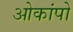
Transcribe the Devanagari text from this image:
ओकांपो